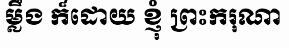
ម្លឹង ក៏ដោយ ខ្ញុំ ព្រះករុណា